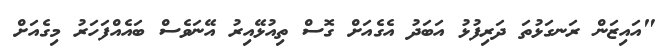
"އައިޒަން ރަނގަޅުތަ ދަރިފުޅު އަބަދު އެގެއަށް ގޮސް ތިއުޅޭއިރު އޭނަވެސް ބައެއްފަހަރު މިގެއަށް